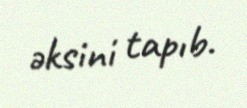
əksini tapıb.